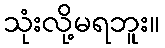
သုံးလို့မရဘူး။